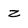
Character: z